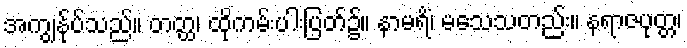
အကျွန်ုပ်သည်။ တတ္ထ၊ ထိုကမ်းပါးပြတ်၌။ နာမရိံ၊ မသေသတည်း။ နရာဇပုတ္တ၊